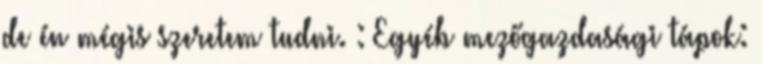
de én mégis szeretem tudni. : Egyéb mezőgazdasági tápok: